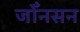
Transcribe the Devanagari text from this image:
जोँनसन